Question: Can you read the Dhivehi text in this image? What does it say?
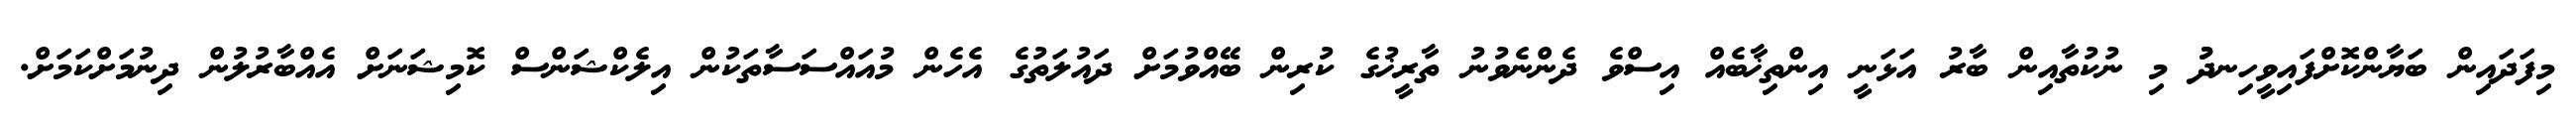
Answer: މިފަދައިން ބަޔާންކޮށްފައިވީހިނދުު މި ނުކުތާއިން ބާރު އަޅަނީ އިންތިޚާބެއް އިސްވެ ދެންނެވުނު ތާރީޚުގެ ކުރިން ބޭއްވުމަށް ދައުލަތުގެ އެހެން މުއައްސަސާތަކުން އިލެކްޝަންސް ކޮމިޝަނަށް އެއްބާރުލުން ދިނުމަށްކަމަށް.